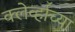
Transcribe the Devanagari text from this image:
क्लेर्व्हॉच्या